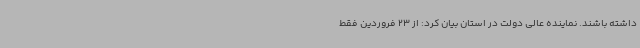
داشته باشند. نماینده عالی دولت در استان بیان کرد: از 23 فروردین فقط